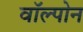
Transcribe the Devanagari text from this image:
वॉल्पोन